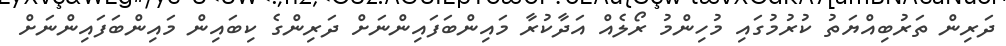
ދަރިން ތަރުބިއްޔަތު ކުރުމުގައި މުހިންމު ރޯލެއް އަދާކުރާ މައިންބަފައިންނަށް ދަރިންގެ ކިބައިން މައިންބަފައިންނަށް